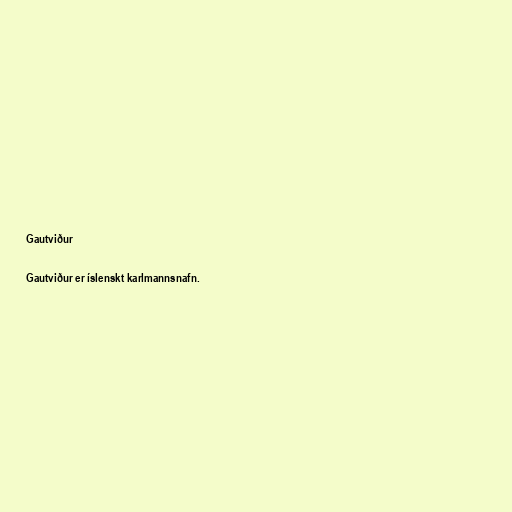
Gautviður

Gautviður er íslenskt karlmannsnafn.